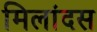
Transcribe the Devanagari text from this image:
मिलांदस